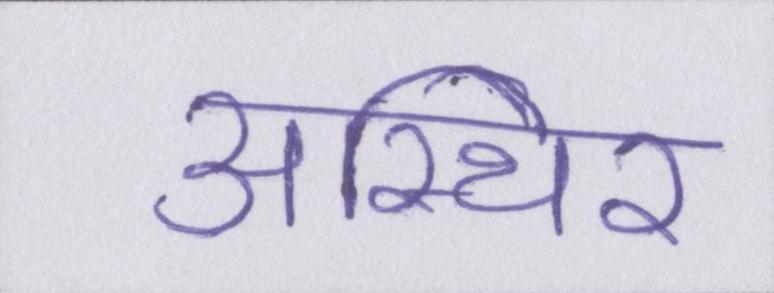
अस्थिर